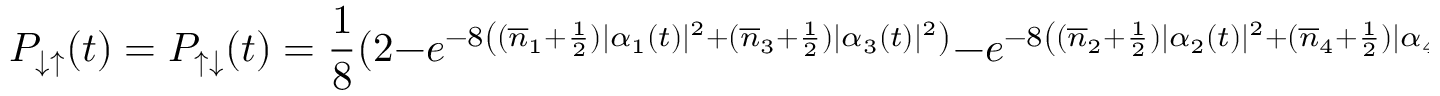
P _ { \downarrow \uparrow } ( t ) = P _ { \uparrow \downarrow } ( t ) = \frac { 1 } { 8 } ( 2 - e ^ { - 8 \left( ( \overline { { n } } _ { 1 } + \frac { 1 } { 2 } ) | \alpha _ { 1 } ( t ) | ^ { 2 } + ( \overline { { n } } _ { 3 } + \frac { 1 } { 2 } ) | \alpha _ { 3 } ( t ) | ^ { 2 } \right) } - e ^ { - 8 \left( ( \overline { { n } } _ { 2 } + \frac { 1 } { 2 } ) | \alpha _ { 2 } ( t ) | ^ { 2 } + ( \overline { { n } } _ { 4 } + \frac { 1 } { 2 } ) | \alpha _ { 4 } ( t ) | ^ { 2 } \right) } )